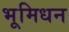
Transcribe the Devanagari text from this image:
भूमिधन